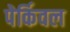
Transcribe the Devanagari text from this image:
पेर्किवल